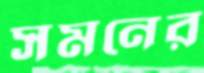
সমনের